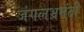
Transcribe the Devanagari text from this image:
जंगलभ्रमंती